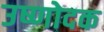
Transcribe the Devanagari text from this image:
उष्णोदक